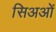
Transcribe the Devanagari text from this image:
सिअओं